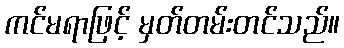
ကင်မရာဖြင့် မှတ်တမ်းတင်သည်။